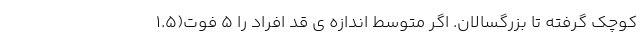
کوچک گرفته تا بزرگسالان. اگر متوسط اندازه ی قد افراد را ۵ فوت(۱.۵